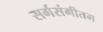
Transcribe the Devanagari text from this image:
सर्गसंगीतम